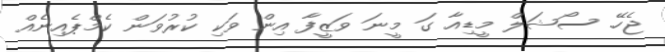
ޖެހޭ. ސޯޝަލް މީޑިއާ ގަ މީނަ ވަޒީފާ އިން ވަކި ކުރުވަން ކެމްޕެއިނެއް